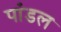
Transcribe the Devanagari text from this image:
पांडल